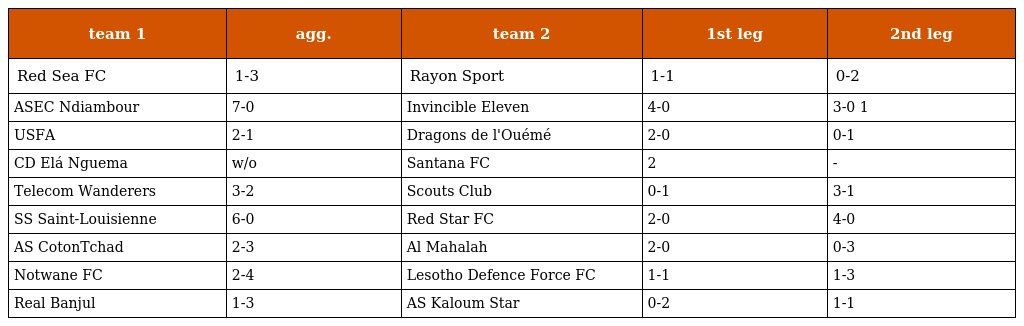
| team 1 | agg. | team 2 | 1st leg | 2nd leg |
 | --- | --- | --- | --- | --- |
 | Red Sea FC | 1-3 | Rayon Sport | 1-1 | 0-2 |
 | ASEC Ndiambour | 7-0 | Invincible Eleven | 4-0 | 3-0 1 |
 | USFA | 2-1 | Dragons de l'Ouémé | 2-0 | 0-1 |
 | CD Elá Nguema | w/o | Santana FC | 2 | - |
 | Telecom Wanderers | 3-2 | Scouts Club | 0-1 | 3-1 |
 | SS Saint-Louisienne | 6-0 | Red Star FC | 2-0 | 4-0 |
 | AS CotonTchad | 2-3 | Al Mahalah | 2-0 | 0-3 |
 | Notwane FC | 2-4 | Lesotho Defence Force FC | 1-1 | 1-3 |
 | Real Banjul | 1-3 | AS Kaloum Star | 0-2 | 1-1 |